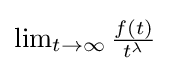
{\textstyle \lim _{t\to \infty }{\frac {f(t)}{t^{\lambda }}}}